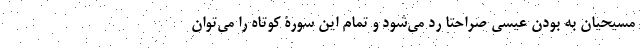
مسیحیان به بودن عیسی صراحتا رد می‌شود و تمام این سورۀ کوتاه را می‌توان